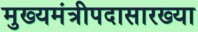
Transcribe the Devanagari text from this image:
मुख्यमंत्रीपदासारख्या